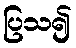
ပြသ၍